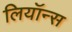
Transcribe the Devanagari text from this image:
लियॉन्स